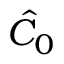
\hat { C } _ { 0 }